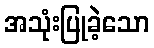
အသုံးပြုခဲ့သော